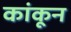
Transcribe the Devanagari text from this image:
कांकून